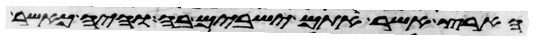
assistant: הארץ אשר אתם ישבים בה והיה כאשר